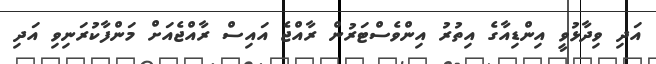
އަދި ވިދާޅުވީ އިންޑިއާގެ އިތުރު އިންވެސްޓަރުން ރާއްޖެ އައިސް ރާއްޖެއަށް މަންފާކުރަނިވި އަދި